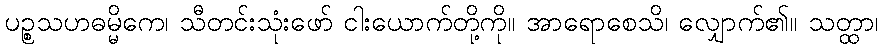
ပဉ္စသဟဓမ္မိကေ၊ သီတင်းသုံးဖော် ငါးယောက်တို့ကို။ အာရောစေသိ၊ လျှောက်၏။ သတ္ထာ၊